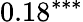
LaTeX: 0.18^{***}